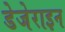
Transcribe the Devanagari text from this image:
डेजेराइन